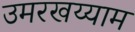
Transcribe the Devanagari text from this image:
उमरखय्याम